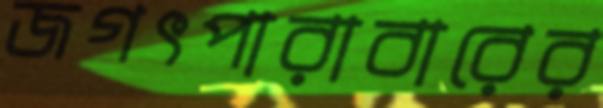
জগৎপারাবারের